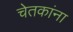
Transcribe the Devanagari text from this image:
चेतकांना